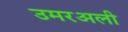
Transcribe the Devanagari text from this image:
उमरअली